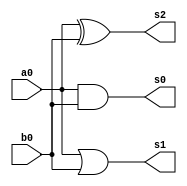
module mt_basic_test (
input  [1:0] a0, 
input  [1:0] b0, 
output [1:0] s0,
output [1:0] s1,
output [1:0] s2
);

assign s0 = a0 & b0;
assign s1 = a0 | b0;
assign s2 = a0 ^ b0;


endmodule